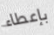
بإعطاء